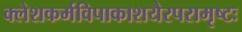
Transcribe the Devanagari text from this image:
क्लेशकर्मविपाकाशयैरपरामृष्टः